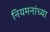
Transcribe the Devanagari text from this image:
नियमनांच्या